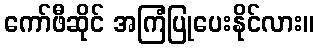
ကော်ဖီဆိုင် အကြံပြုပေးနိုင်လား။